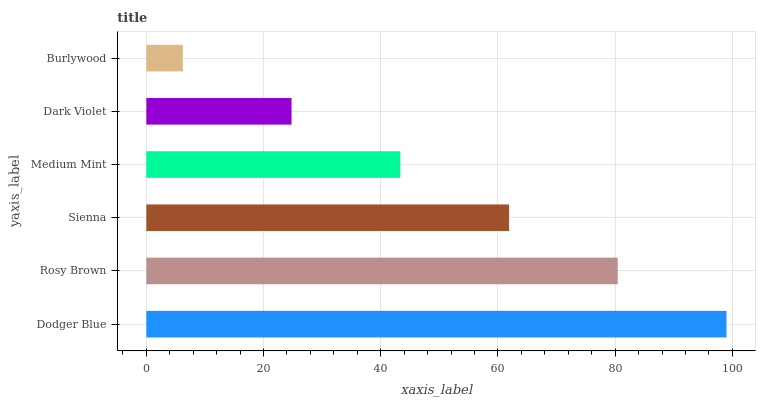
| yaxis_label | bars |
 | --- | --- |
 | Dodger Blue | 99 |
 | Rosy Brown | 80.4 |
 | Sienna | 61.9 |
 | Medium Mint | 43.3 |
 | Dark Violet | 24.8 |
 | Burlywood | 6.23 |